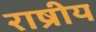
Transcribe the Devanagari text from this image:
राष्रीय